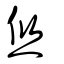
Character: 焂